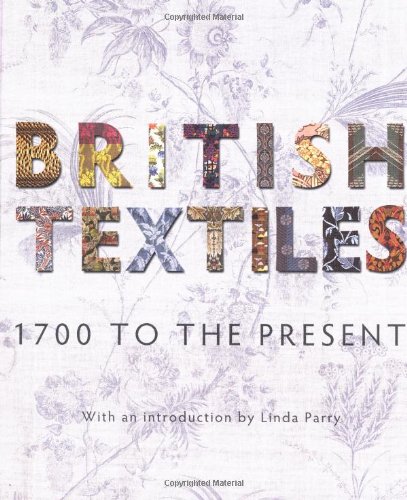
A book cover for British Textiles; Crafts, Hobbies & Home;